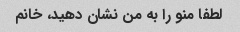
لطفا منو را به من نشان دهید، خانم